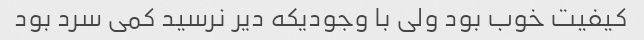
کیفیت خوب بود ولی با وجودیکه دیر نرسید کمی سرد بود